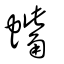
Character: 蟕